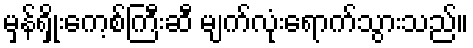
မှန်ရှိုးကေ့စ်ကြီးဆီ မျက်လုံးရောက်သွားသည်။